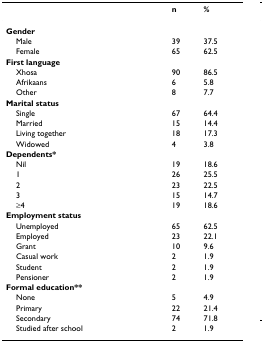
<table><thead><tr><td></td><td><b>n</b></td><td><b>%</b></td></tr></thead><tbody><tr><td><b>Gender</b></td><td colspan="2"></td></tr><tr><td> Male</td><td>39</td><td>37.5</td></tr><tr><td> Female</td><td>65</td><td>62.5</td></tr><tr><td><b>First language</b></td><td></td><td></td></tr><tr><td> Xhosa</td><td>90</td><td>86.5</td></tr><tr><td> Afrikaans</td><td>6</td><td>5.8</td></tr><tr><td> Other</td><td>8</td><td>7.7</td></tr><tr><td><b>Marital status</b></td><td></td><td></td></tr><tr><td> Single</td><td>67</td><td>64.4</td></tr><tr><td> Married</td><td>15</td><td>14.4</td></tr><tr><td> Living together</td><td>18</td><td>17.3</td></tr><tr><td> Widowed</td><td>4</td><td>3.8</td></tr><tr><td><b>Dependents*</b></td><td></td><td></td></tr><tr><td> Nil</td><td>19</td><td>18.6</td></tr><tr><td> 1</td><td>26</td><td>25.5</td></tr><tr><td> 2</td><td>23</td><td>22.5</td></tr><tr><td> 3</td><td>15</td><td>14.7</td></tr><tr><td> ≥4</td><td>19</td><td>18.6</td></tr><tr><td><b>Employment status</b></td><td></td><td></td></tr><tr><td> Unemployed</td><td>65</td><td>62.5</td></tr><tr><td> Employed</td><td>23</td><td>22.1</td></tr><tr><td> Grant</td><td>10</td><td>9.6</td></tr><tr><td> Casual work</td><td>2</td><td>1.9</td></tr><tr><td> Student</td><td>2</td><td>1.9</td></tr><tr><td> Pensioner</td><td>2</td><td>1.9</td></tr><tr><td><b>Formal education**</b></td><td></td><td></td></tr><tr><td> None</td><td>5</td><td>4.9</td></tr><tr><td> Primary</td><td>22</td><td>21.4</td></tr><tr><td> Secondary</td><td>74</td><td>71.8</td></tr><tr><td> Studied after school</td><td>2</td><td>1.9</td></tr></tbody></table>